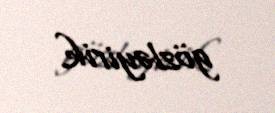
gözləyirik.